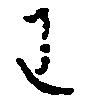
わ